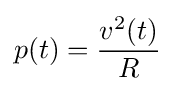
p(t)={\frac {v^{2}(t)}{R}}